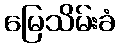
မြေသိမ်းခံ